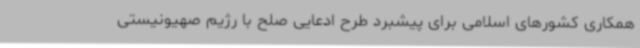
همکاری کشورهای اسلامی برای پیشبرد طرح ادعایی صلح با رژیم صهیونیستی